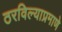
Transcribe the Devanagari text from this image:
ठरविल्याप्रमाणे